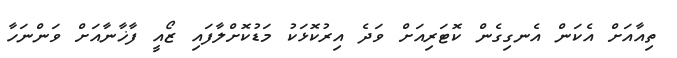
ތިއާއަށް އެކަން އެނގިގެން ކޮޓަރިއަށް ވަދެ އިރުކޮޅަކު މަޑުކޮށްލާފައި ޒޯއީ ފާޚާނާއަށް ވަންނަހާ